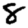
Digit: 8